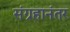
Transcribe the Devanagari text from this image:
संग्रहानंतर